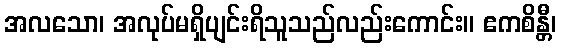
အလသော၊ အလုပ်မရှိပျင်းရိသူသည်လည်းကောင်း။ ဧကစိန္တီ၊